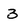
Character: 3